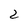
Character: 2